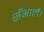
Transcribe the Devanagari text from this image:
सँभालें।